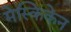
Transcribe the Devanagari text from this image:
मेस्किकेन